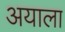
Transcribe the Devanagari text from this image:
अयाला